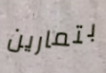
بتمارين